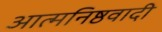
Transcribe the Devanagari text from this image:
आत्मनिष्ठवादी